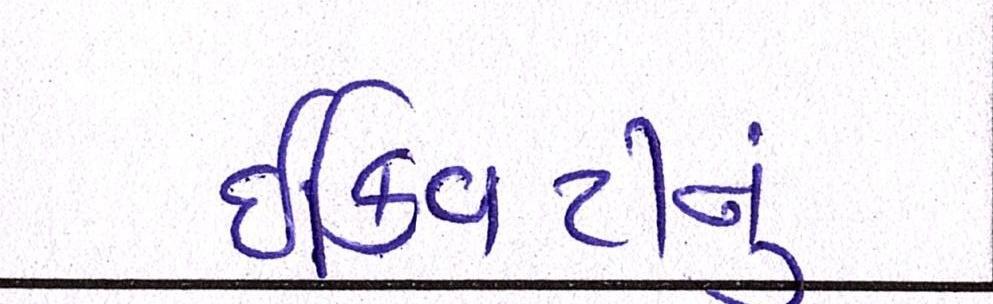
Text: ઈક્વિટીનું